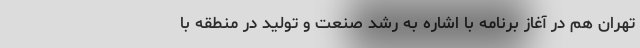
تهران هم در آغاز برنامه با اشاره به رشد صنعت و تولید در منطقه با